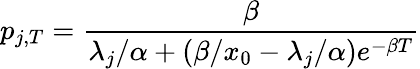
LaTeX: p_{j,T}=\frac{\beta}{\lambda_{j}/\alpha+(\beta/x_{0}-\lambda_{j}/\alpha)e^{-\beta T}}